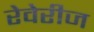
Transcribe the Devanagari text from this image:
रेवेरीज